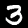
Digit: 3